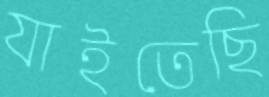
যাইতেছি